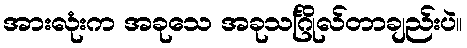
အားလုံးက အခုသေ အခုသင်္ဂြိုလ်တာချည်းပဲ။